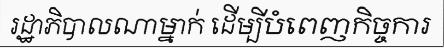
រដ្ឋាភិបាលណាម្នាក់ ដើម្បីបំពេញកិច្ចការ